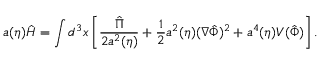
a ( \eta ) \hat { H } = \int d ^ { 3 } x \left[ \frac { \hat { \Pi } } { 2 a ^ { 2 } ( \eta ) } + \frac { 1 } { 2 } a ^ { 2 } ( \eta ) ( \nabla \hat { \Phi } ) ^ { 2 } + a ^ { 4 } ( \eta ) V ( \hat { \Phi } ) \right] .